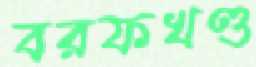
বরফখণ্ড